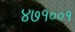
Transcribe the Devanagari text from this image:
४७१००१